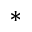
*